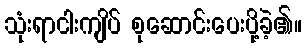
သုံးရာငါးကျိပ် စုဆောင်းပေးပို့ခဲ့၏။